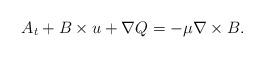
LaTeX: \begin{align*}\begin{aligned}A_{t}+B\times u+\nabla Q&=-\mu \nabla \times B.\end{aligned}\end{align*}